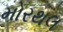
મોરથલ